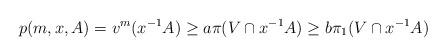
LaTeX: \begin{align*} p(m,x,A)=v^m(x^{-1}A)\ge a\pi(V\cap x^{-1}A) \ge b\pi_1(V\cap x^{-1}A)\end{align*}